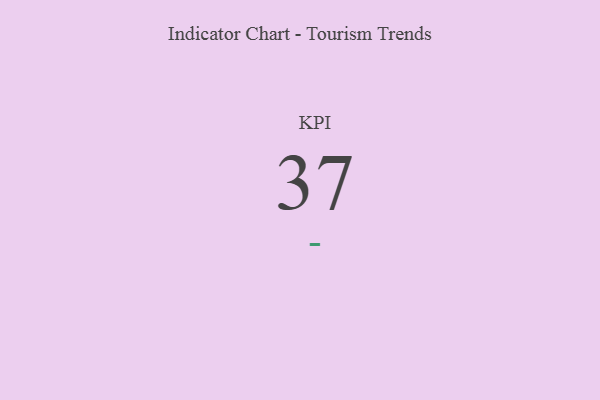
{"axis": {"x": "KPI", "y": "Value"}, "legend": [""], "data": [{"x": "KPI", "y": 37, "type": ""}]}